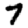
Digit: 7